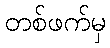
တစ်ဖက်မှ